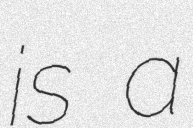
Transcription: is a